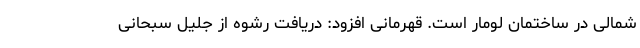
شمالی در ساختمان لومار است. قهرمانی افزود: دریافت رشوه از جلیل سبحانی